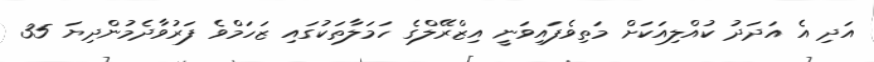
އަދި އެ އަދަދު ކުއްލިއަކަށް މަތިވެފައިވަނީ އިޒްރޭލްގެ ހަމަލާތަކުގައި ޒަހަމްވެ ފަރުވާދެމުންދިޔަ 35